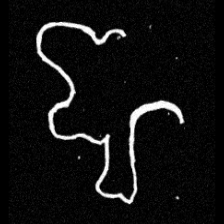
Pyu character \u2014 Myanmar letter: ဈ (romanized: jha)